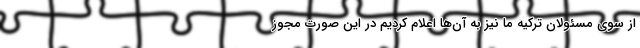
از سوی مسئولان ترکیه ما نیز به آن‌ها اعلام کردیم در این صورت مجوز